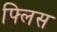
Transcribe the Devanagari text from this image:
फ्लिस